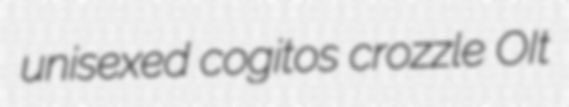
unisexed cogitos crozzle OIt